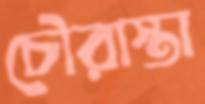
চৌরাস্তা